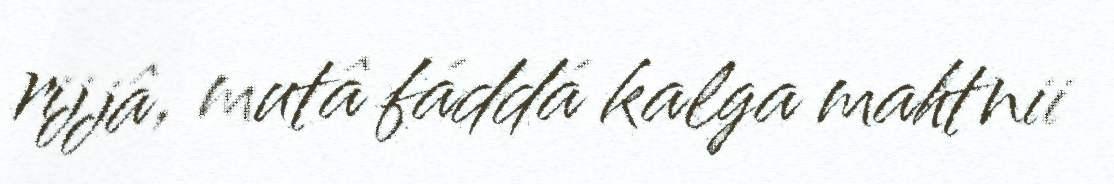
rijjâ, mutâ fáddá kalga mahtnii